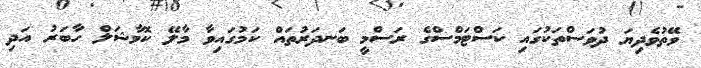
ވޭތުވެދިޔަ ދުވަސްތަކުގައި ކަސްޓަމްސްގެ ރަސްމީ ބަނދަރުތައް ކަމުގައިވާ މާލޭ ކޮމާޝަލް ހާބަރު އަދި